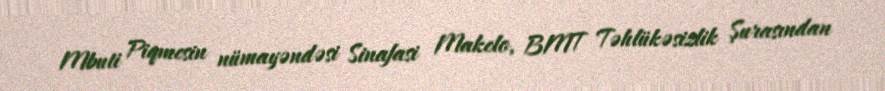
Mbuti Piqmesin nümayəndəsi Sinafasi Makelo, BMT Təhlükəsizlik Şurasından